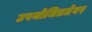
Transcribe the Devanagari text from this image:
उपयोजिततेवर